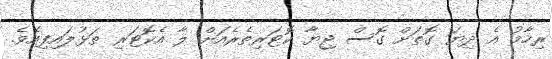
ރިހާމު އެ ދިޔަ ގޮތަށް ގޮސް ޖިޔާ ކޮޓަރިތެރެއަށް ލާ އެކޮޓަރި ތަޅުލައިފިއެވެ.